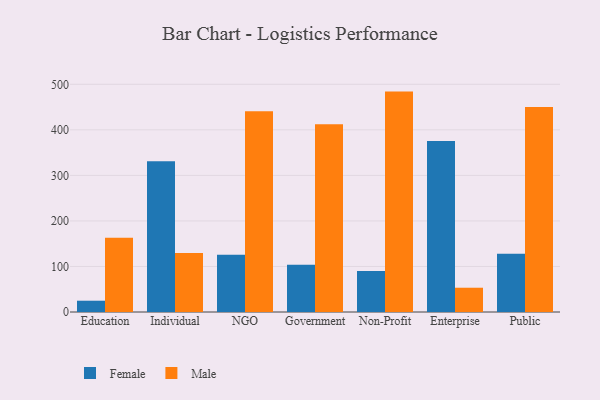
{"axis": {"x": "Segment", "y": "Churn Rate (%)"}, "legend": ["Female", "Male"], "data": [{"x": "Education", "y": 24.8, "type": "Female"}, {"x": "Education", "y": 163.3, "type": "Male"}, {"x": "Individual", "y": 331.1, "type": "Female"}, {"x": "Individual", "y": 129.7, "type": "Male"}, {"x": "NGO", "y": 125.8, "type": "Female"}, {"x": "NGO", "y": 441.1, "type": "Male"}, {"x": "Government", "y": 103.6, "type": "Female"}, {"x": "Government", "y": 412.3, "type": "Male"}, {"x": "Non-Profit", "y": 90.0, "type": "Female"}, {"x": "Non-Profit", "y": 484.0, "type": "Male"}, {"x": "Enterprise", "y": 375.3, "type": "Female"}, {"x": "Enterprise", "y": 53.3, "type": "Male"}, {"x": "Public", "y": 127.8, "type": "Female"}, {"x": "Public", "y": 450.4, "type": "Male"}]}